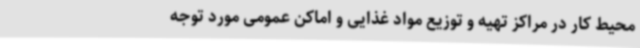
محیط کار در مراکز تهیه و توزیع مواد غذایی و اماکن عمومی مورد توجه